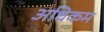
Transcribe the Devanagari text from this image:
अधिकम